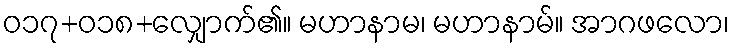
ဝ၁၇+၀၁၈+လျှောက်၏။ မဟာနာမ၊ မဟာနာမ်။ အာဂဖလော၊